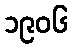
၁၉၀၆